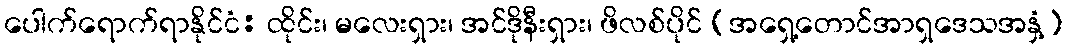
ပေါက်ရောက်ရာနိုင်ငံ: ထိုင်း၊ မလေးရှား၊ အင်ဒိုနီးရှား၊ ဖိလစ်ပိုင် (အရှေ့တောင်အာရှဒေသအနှံ့)